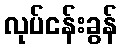
လုပ်ငန်းခွန်